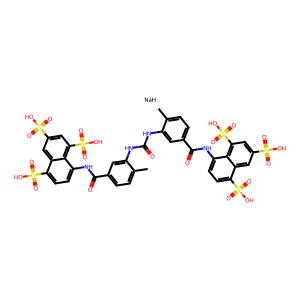
SMILES: Cc1ccc(C(=O)Nc2ccc(S(=O)(=O)O)c3cc(S(=O)(=O)O)cc(S(=O)(=O)O)c23)cc1NC(=O)Nc1cc(C(=O)Nc2ccc(S(=O)(=O)O)c3cc(S(=O)(=O)O)cc(S(=O)(=O)O)c23)ccc1C.[NaH]
Inhibits HIV replication: Yes